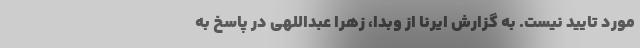
مورد تایید نیست. به گزارش ایرنا از وبدا، زهرا عبداللهی در پاسخ به